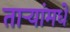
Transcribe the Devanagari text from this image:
ताऱ्यांमधे